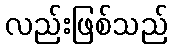
လည်းဖြစ်သည်